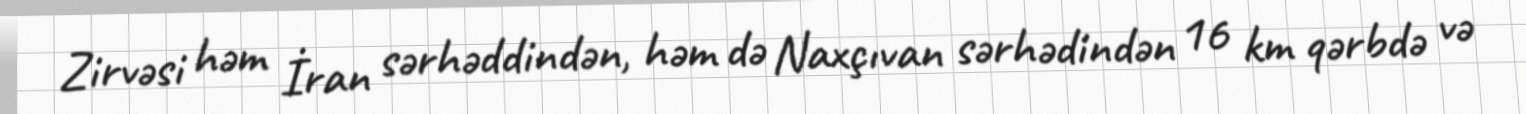
Zirvəsi həm İran sərhəddindən, həm də Naxçıvan sərhədindən 16 km qərbdə və